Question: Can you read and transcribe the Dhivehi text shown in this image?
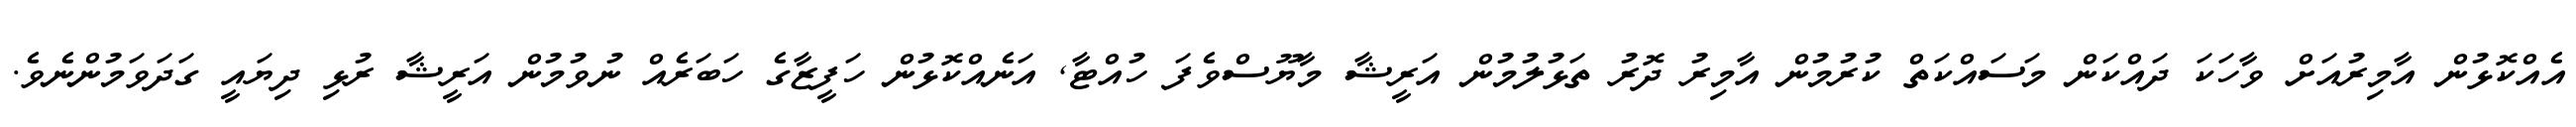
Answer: އެއްކޮޅުން އާމިރުއަށް ވާހަކަ ދައްކަން މަސައްކަތް ކުރުމުން އާމިރު ދޮރު ތަޅުލުމުން އަރީޝާ މާޔޫސްވެފަ ހުއްޓާ, އަނެއްކޮޅުން ހަފީޒާގެ ހަބަރެއް ނުވުމުން އަރީޝާ ރުޅި ދިޔައީ ގަދަވަމުންނެވެ.